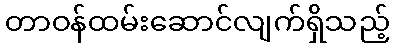
တာဝန်ထမ်းဆောင်လျက်ရှိသည့်